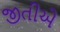
જીતીએ